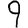
Digit: 9